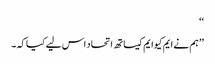
‘‘
’’ہم نے ایم کیوایم کیساتھ اتحاد اس لیے کیا کہ ۔